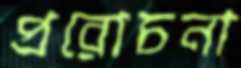
প্ররোচনা